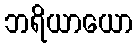
ဘရိယာယော